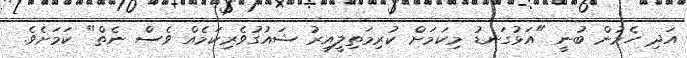
އަދި ހެމުން ބުނީ "އަޅުގަނޑު މިކަމަށް ކުރިމަތިލީއިރު ޝައުގުވެރިކަމެއް ވެސް ނެތް" ކަމަށެވެ.